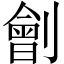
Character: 劊